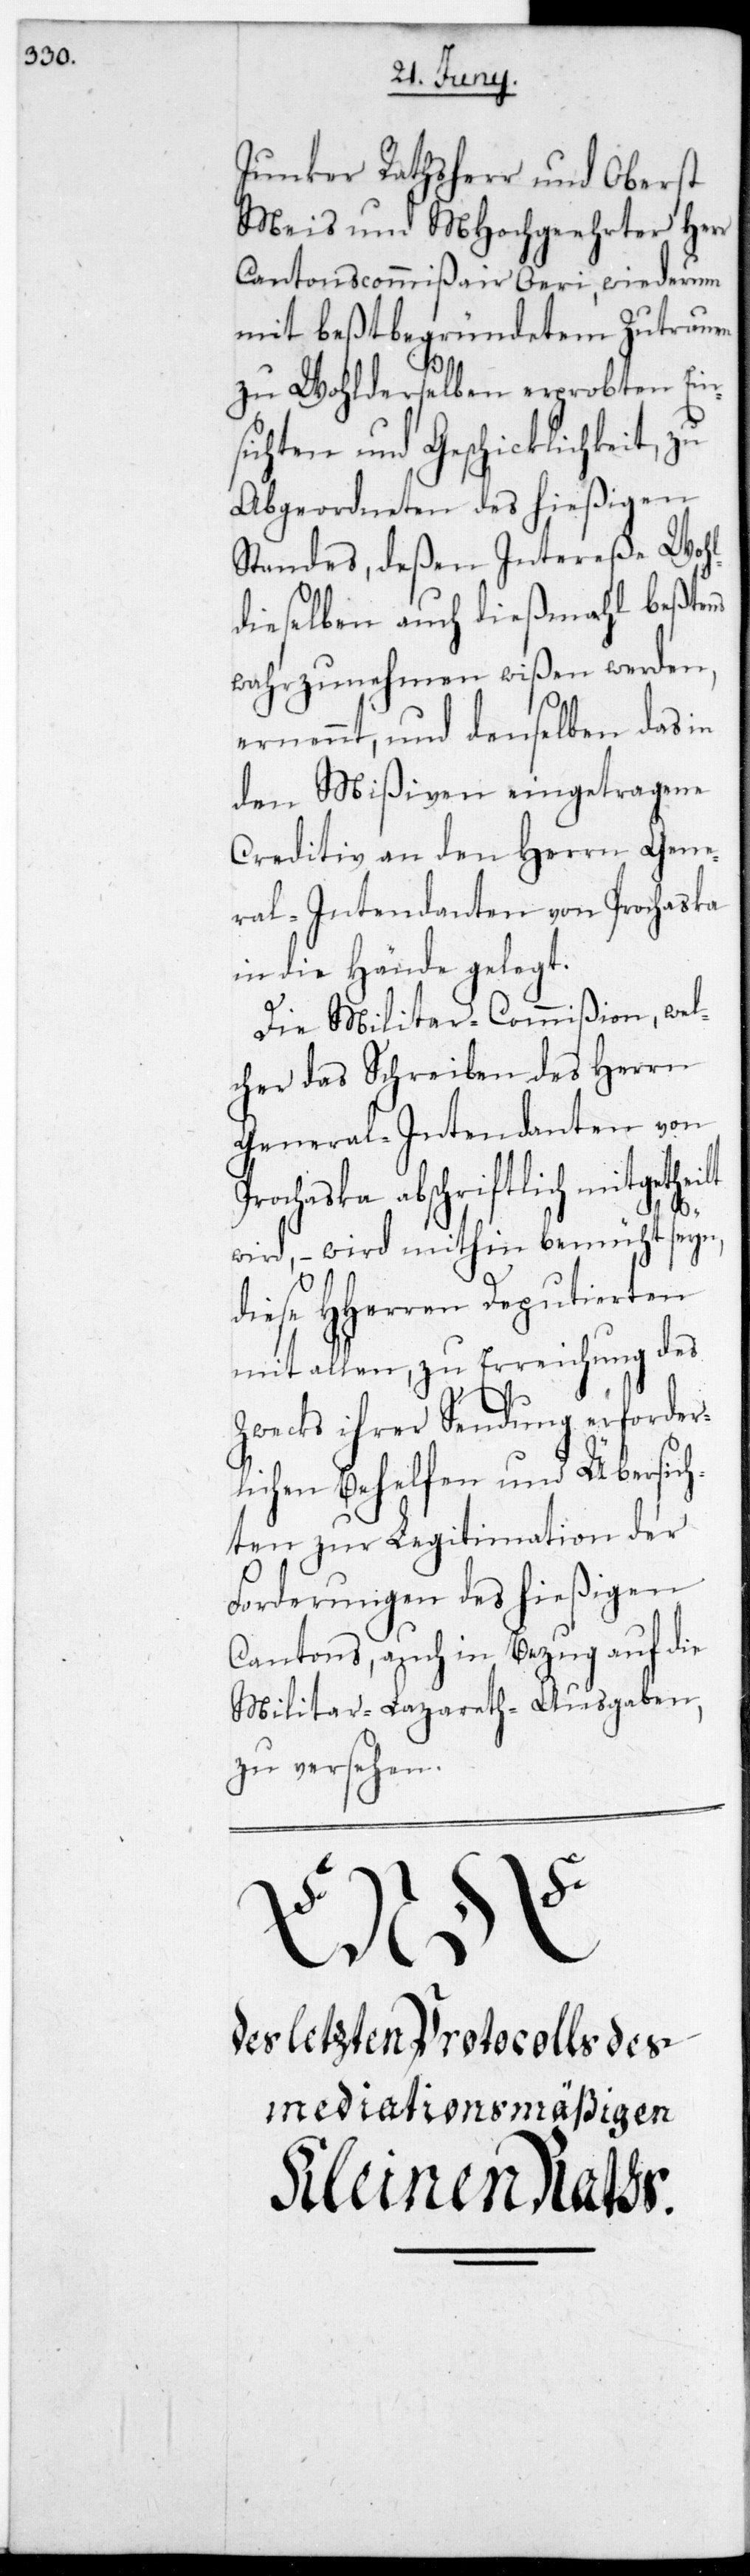
Junker Rathsherr und Oberst
Meis und MHochgeachter Herr
Cantonscommißair Öri, wiederum
mit beßtbegründetem Zutrauen
zu Wohlderselben erprobten Ein¬
sichten und Geschicklichkeit, zu
Abgeordneten des hießigen
Standes, deßen Intereße Wohl¬
dieselben auch diesmal beßtens
wahrzunehmen wißen werden,
ernennt, und denselben das in
den Mißiven eingetragene
Creditiv an den Herrn Gene¬
ral-Intendanten von Prochaska
in die Hände gelegt.
Die Militar-Commißion, wel¬
cher das Schreiben des Herrn
General-Intendanten von
Prochaska abschriftlich mitgethei¬
lt
wird, wird mithin bemüht seyn,
diese HHerren Deputierten
mit allen, zu Erreichung des
Zwecks ihrer Sendung erforder¬
lichen Behelfen und Übersic¬
der
hten zur Legitimat¬
Forderungen des hießigen
Cantons, auch in Bezug auf die
gaben,
Militär-Lazareth-Aus¬
zu versehen.
ion
des letzten Protocolls des
mediationsmäßigen
Kleinen Raths.